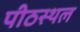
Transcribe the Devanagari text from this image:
पीठस्थल